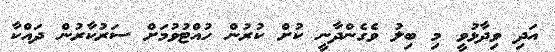
އަދި ވިދާޅުވީ މި ބިލު ވެގެންދާނީ ކުށް ކުރުން ހުއްޓުވުމަށް ސަރުކާރުން ދައްކާ